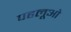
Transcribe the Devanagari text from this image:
पहलूओ